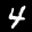
Label: 4